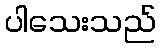
ပါသေးသည်